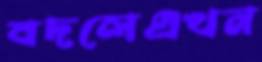
বদলেএখন